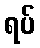
ရပ်